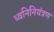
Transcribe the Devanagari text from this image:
ध्वनिनियंत्रण